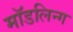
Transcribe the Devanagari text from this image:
मॉडलिन्ग